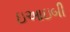
ઇઆઇબી